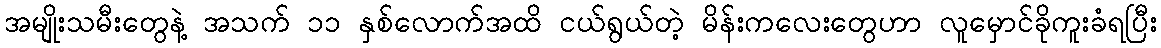
အမျိုးသမီးတွေနဲ့ အသက် ၁၁ နှစ်လောက်အထိ ငယ်ရွယ်တဲ့ မိန်းကလေးတွေဟာ လူမှောင်ခိုကူးခံရပြီး